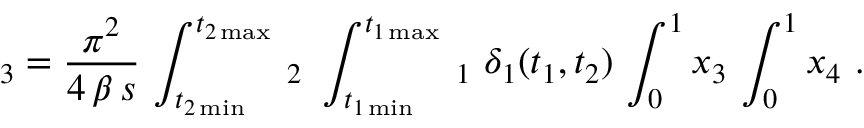
\d R _ { 3 } = \frac { \pi ^ { 2 } } { 4 \, \beta \, s } \, \int _ { t _ { 2 \operatorname * { m i n } } } ^ { t _ { 2 \operatorname * { m a x } } } \, \d t _ { 2 } \ \int _ { t _ { 1 \operatorname * { m i n } } } ^ { t _ { 1 \operatorname * { m a x } } } \, \d t _ { 1 } \ \delta _ { 1 } ( t _ { 1 } , t _ { 2 } ) \, \int _ { 0 } ^ { 1 } \d x _ { 3 } \, \int _ { 0 } ^ { 1 } \d x _ { 4 } \ .